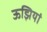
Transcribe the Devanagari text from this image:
ऊझियां